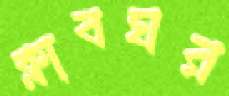
ক্লাবঘর